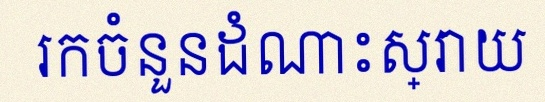
រកចំនួនដំណោះស្រាយ